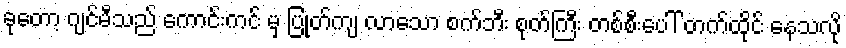
ခုတော့ ဂျင်မီသည် ကောင်းကင် မှ ပြုတ်ကျ လာသော စက်ဘီး စုတ်ကြီး တစ်စီးပေါ် တက်ထိုင် နေသလို